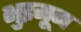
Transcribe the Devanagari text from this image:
भुइमूग